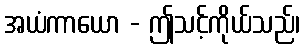
အယံကာယော - ဤသင့်ကိုယ်သည်၊